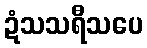
ဍံသသရီသပေ